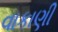
વાકાણી